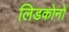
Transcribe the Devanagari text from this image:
लिडकोनो